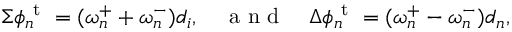
\Sigma { \phi } _ { n } ^ { \mathrm { ~ t ~ } } = ( \omega _ { n } ^ { + } + \omega _ { n } ^ { - } ) d _ { i } , \quad \mathrm { ~ a ~ n ~ d ~ } \quad \Delta \phi _ { n } ^ { \mathrm { ~ t ~ } } = ( \omega _ { n } ^ { + } - \omega _ { n } ^ { - } ) d _ { n } ,